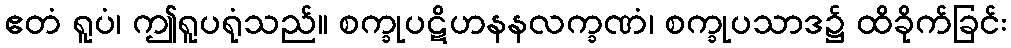
ဧတံ ရူပံ၊ ဤရူပရုံသည်။ စက္ခုပဋိဟနနလက္ခဏံ၊ စက္ခုပသာဒ၌ ထိခိုက်ခြင်း